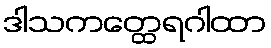
ဒါသကတ္ထေရဂါထာ